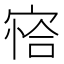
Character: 𰍍